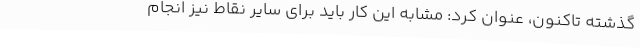
گذشته تاکنون، عنوان کرد: مشابه این کار باید برای سایر نقاط نیز انجام